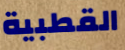
القطبية